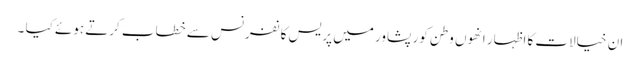
ان خیالات کا اظہار انھوں وطن کور پشاور میں پریس کا نفرنس سے خطاب کرتے ہوئے کیا ۔